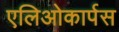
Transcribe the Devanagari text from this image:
एलिओकार्पस